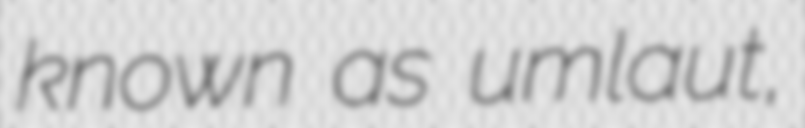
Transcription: known as umlaut,